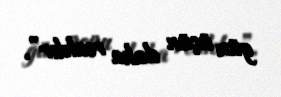
gün üçün daha realdır”.